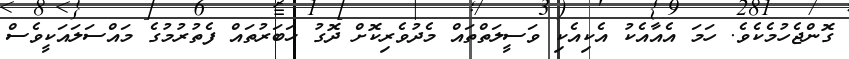
ގޮންޖެހުމެކެވެ. ހަމަ އެއާއެކު އެކިއެކި ވަސީލަތްތައް މެދުވެރިކޮށް ދޮގު ޚަބަރުތައް ފެތުރުމުގެ މައްސަލައަކީވެސް